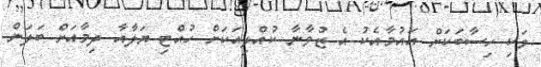
ވަކި ހިސާބަކަށް އައުމާއެކު އެ ޒުވާނާ ކުއްލިއަކަށް ހުއްޓި ޔަލާއާ ދިމާއަށް ބަލަން